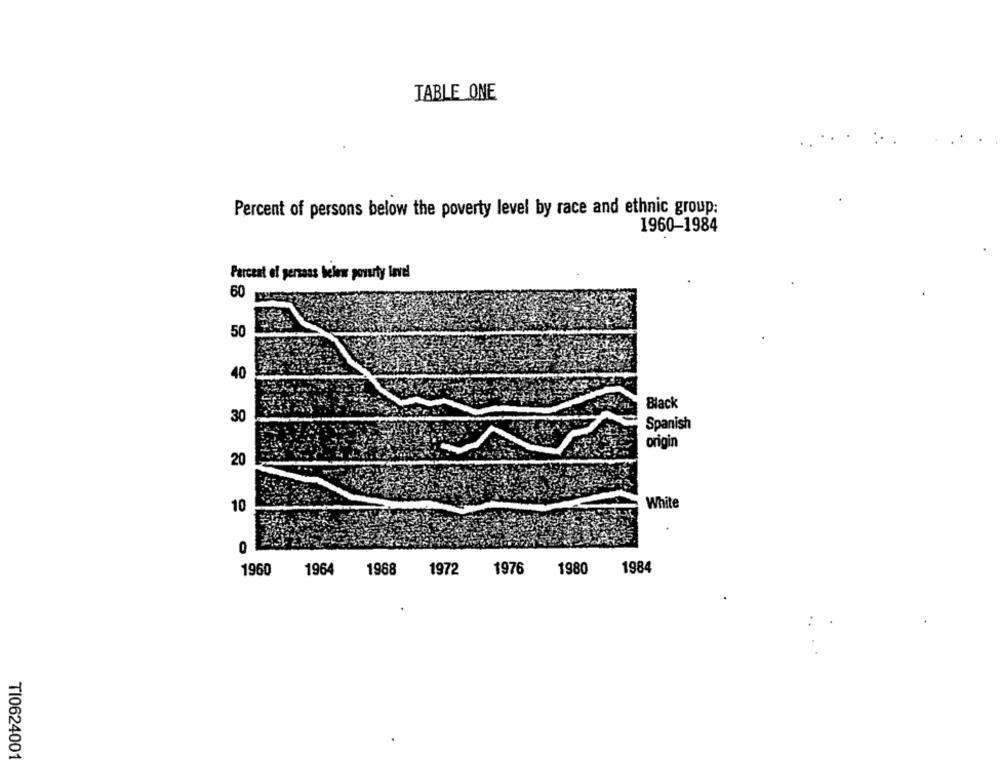
TABLE ONE
Percent of persons below the poverty level by race and ethnic group:
1960-1984
Percent of persons below poverty level
60
50
40
Black
30
Spanish
origin
20
10
White
0
1960
1976
1980
1984
1964
1968
1972
TI062400